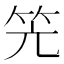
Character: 𮅂